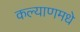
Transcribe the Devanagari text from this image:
कल्याणमधे